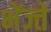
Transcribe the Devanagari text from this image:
भेंज्ते